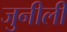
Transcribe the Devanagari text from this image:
जुनीली